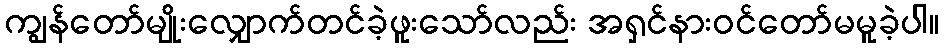
ကျွန်တော်မျိုးလျှောက်တင်ခဲ့ဖူးသော်လည်း အရှင်နားဝင်တော်မမူခဲ့ပါ။